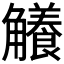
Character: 𧥐